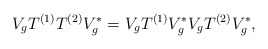
\begin{align*} V_gT^{(1)}T^{(2)}V_g^\ast= V_g T^{(1)} V_g^\ast V_g T^{(2)}V_g^\ast, \end{align*}